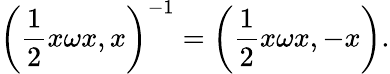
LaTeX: \left(\frac{1}{2}x\omega x,x\right)^{-1}=\left(\frac{1}{2}x\omega x,-x\right).